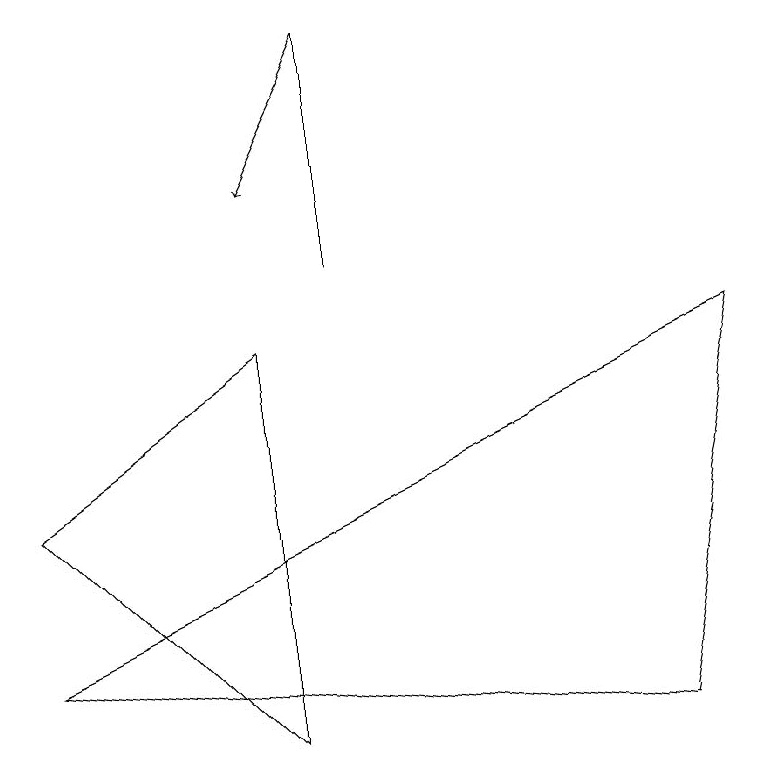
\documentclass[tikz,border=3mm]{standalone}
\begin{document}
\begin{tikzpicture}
\draw[->] (4,13) -- (3,11);
\draw (9,9) -- (8,4) -- (0,5) -- cycle;
\draw (0,7) -- (3,9) -- (3,4) -- cycle;
\draw (4,10) rectangle (4,13);
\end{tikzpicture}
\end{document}